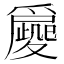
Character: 𡖀